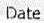
DATE